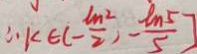
\therefore k \epsilon ( - \frac { l m ^ { 2 } } { 2 } ) - \frac { l m ^ { 5 } } { 5 } ]